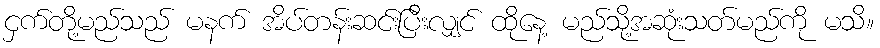
ငှက်တို့မည်သည် မနက် အိပ်တန်းဆင်းပြီးလျှင် ထိုနေ့ မည်သို့အဆုံးသတ်မည်ကို မသိ။